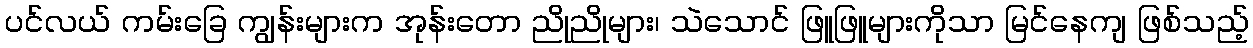
ပင်လယ် ကမ်းခြေ ကျွန်းများက အုန်းတော ညိုညိုများ၊ သဲသောင် ဖြူဖြူများကိုသာ မြင်နေကျ ဖြစ်သည့်